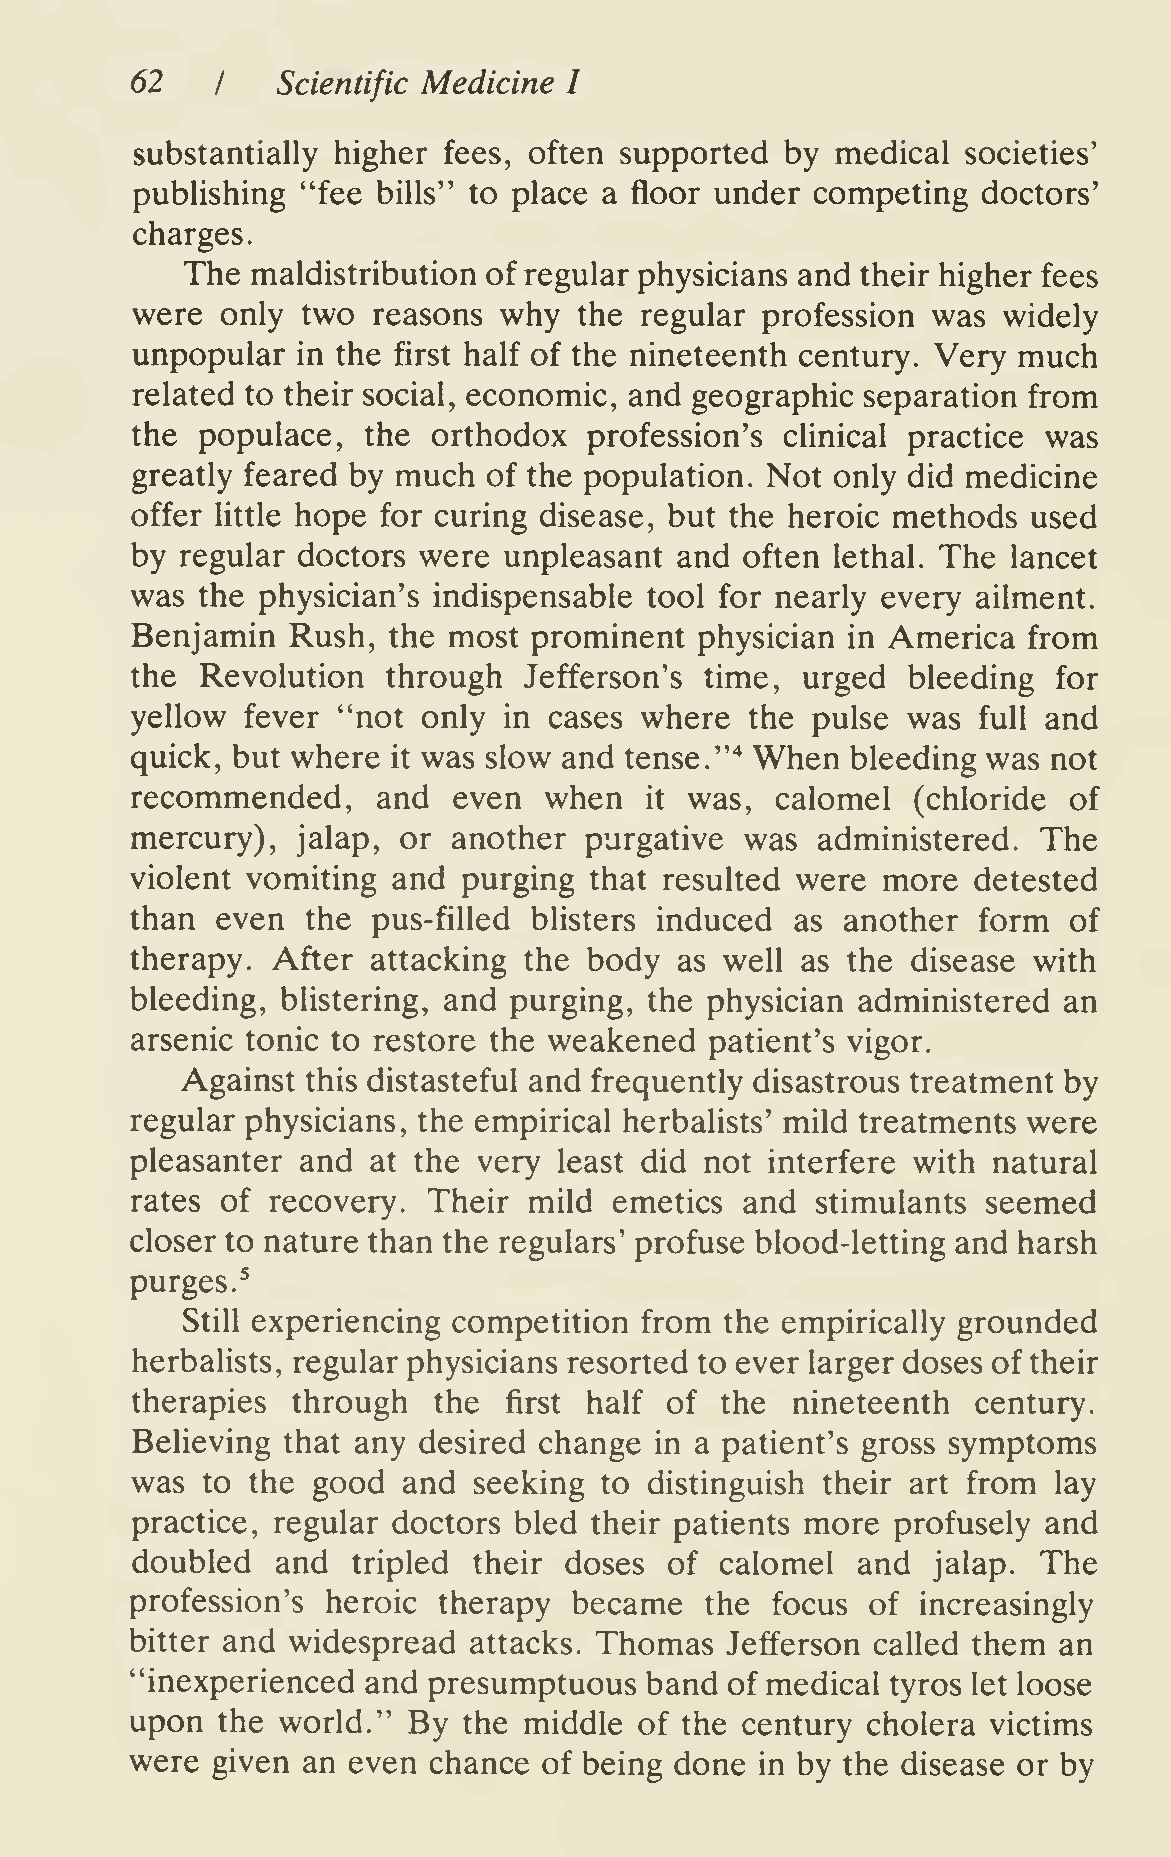
62   I   Scientific Medicine I
 substantially higher fees, often supported by medical  societies'
 pubhshing  "fee bills" to place a floor under competing doctors'
 charges.
 The  maldistribution of regular physicians and their higher fees
 were  only two  reasons why  the regular profession  was widely
 unpopular  in the first half of the nineteenth century. Very much
 related to their social, economic, and geographic separation from
 the populace,  the  orthodox  profession's clinical practice was
 greatly feared by much of the population. Not only did medicine
 offer little hope for curing disease, but the heroic methods used
 by regular doctors were unpleasant  and often lethal. The lancet
 was the physician's indispensable tool for nearly every ailment.
 Benjamin  Rush,  the most prominent  physician in America  from
 the Revolution   through  Jefferson's time, urged  bleeding  for
 yellow fever "not  only in cases where   the pulse was  full and
 quick, but where it was slow and tense.'"* When bleeding was not
 recommended,    and  even  when      was, calomel   (chloride of
 it
 mercury),  jalap, or another  purgative was  administered.  The
 violent vomiting and  purging that resulted were more  detested
 than even  the  pus-filled blisters induced as another  form  of
 therapy. After  attacking the body  as well as the disease with
 bleeding, blistering, and purging, the physician administered an
 arsenic tonic to restore the weakened patient's vigor.
 Against this distasteful and frequently disastrous treatment by
 regular physicians, the empirical herbaHsts' mild treatments were
 pleasanter and  at the very least did not interfere with natural
 rates of recovery. Their  mild  emetics and  stimulants seemed
 closer to nature than the regulars' profuse blood-letting and harsh
 purges.^
 Still experiencing competition from the empirically grounded
 herbalists, regular physicians resorted to ever larger doses of their
 therapies through   the  first half of the nineteenth   century.
 BeUeving  that any desired change in a patient's gross symptoms
 was to  the good  and seeking  to distinguish their art from lay
 practice, regular doctors bled their patients more profusely and
 doubled  and  tripled their doses  of  calomel  and  jalap. The
 profession's heroic therapy  became   the focus  of increasingly
 bitter and widespread attacks. Thomas  Jefferson called them an
 "inexperienced and presumptuous   band of medical tyros let loose
 upon the world."  By  the middle of the century cholera  victims
 were given an even chance  of being done in by the disease or by